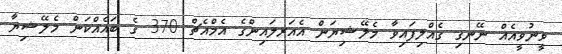
ވީނުވީއެއް ނޭނގި ގެއްލިފައިވާ މެލޭޝިޔަން އެއަރލައިންގެ އެމްއެޗް 370 ގެ ބައެއްކަން މެލޭޝިޔާ